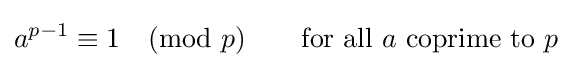
a^{p-1}\equiv 1{\pmod {p}}\qquad {\text{for all }}a{\text{ coprime to }}p